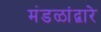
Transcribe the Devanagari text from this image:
मंडळांद्वारे